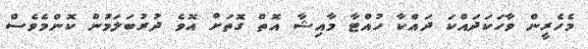
މެހެރީން ވާހަކަދައްކަ ދައްކާ ހުއްޓާ މާއިޝާ އޮތް ގޮތަށް އޮވެ ދުރުބަލަމުން ކޮންމެވެސް